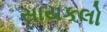
સાયકલો